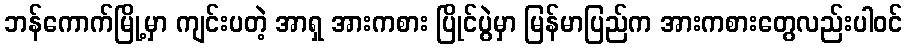
ဘန်ကောက်မြို့မှာ ကျင်းပတဲ့ အာရှ အားကစား ပြိုင်ပွဲမှာ မြန်မာပြည်က အားကစားတွေလည်းပါဝင်